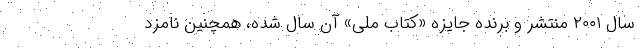
سال ۲۰۰۱ منتشر و برنده جایزه «کتاب ملی» آن سال شده، همچنین نامزد